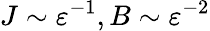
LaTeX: J\sim{\varepsilon}^{-1},B\sim{\varepsilon}^{-2}